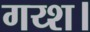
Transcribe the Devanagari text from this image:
गय्श।